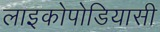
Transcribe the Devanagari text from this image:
लाइकोपोडियासी